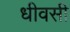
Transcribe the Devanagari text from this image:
धीवसी